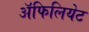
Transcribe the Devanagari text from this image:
अॅफिलियेट